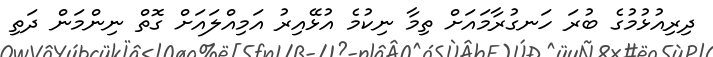
ދިރިއުޅުމުގެ ބުރަ ހަނގުރާމައަށް ތިމާ ނިކުމެ އުޅޭއިރު އަމިއްލައަށް ގޮތް ނިންމަން ދަތި